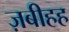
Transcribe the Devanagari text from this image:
ज़बीहह